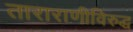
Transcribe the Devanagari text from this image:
ताराराणीविरुद्ध